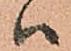
ハ